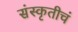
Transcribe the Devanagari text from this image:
संस्कृतीचं